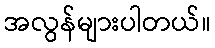
အလွန်များပါတယ်။